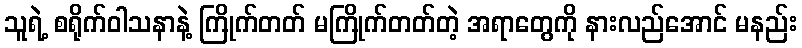
သူရဲ့ စရိုက်ဝါသနာနဲ့ ကြိုက်တတ် မကြိုက်တတ်တဲ့ အရာတွေကို နားလည်အောင် မနည်း